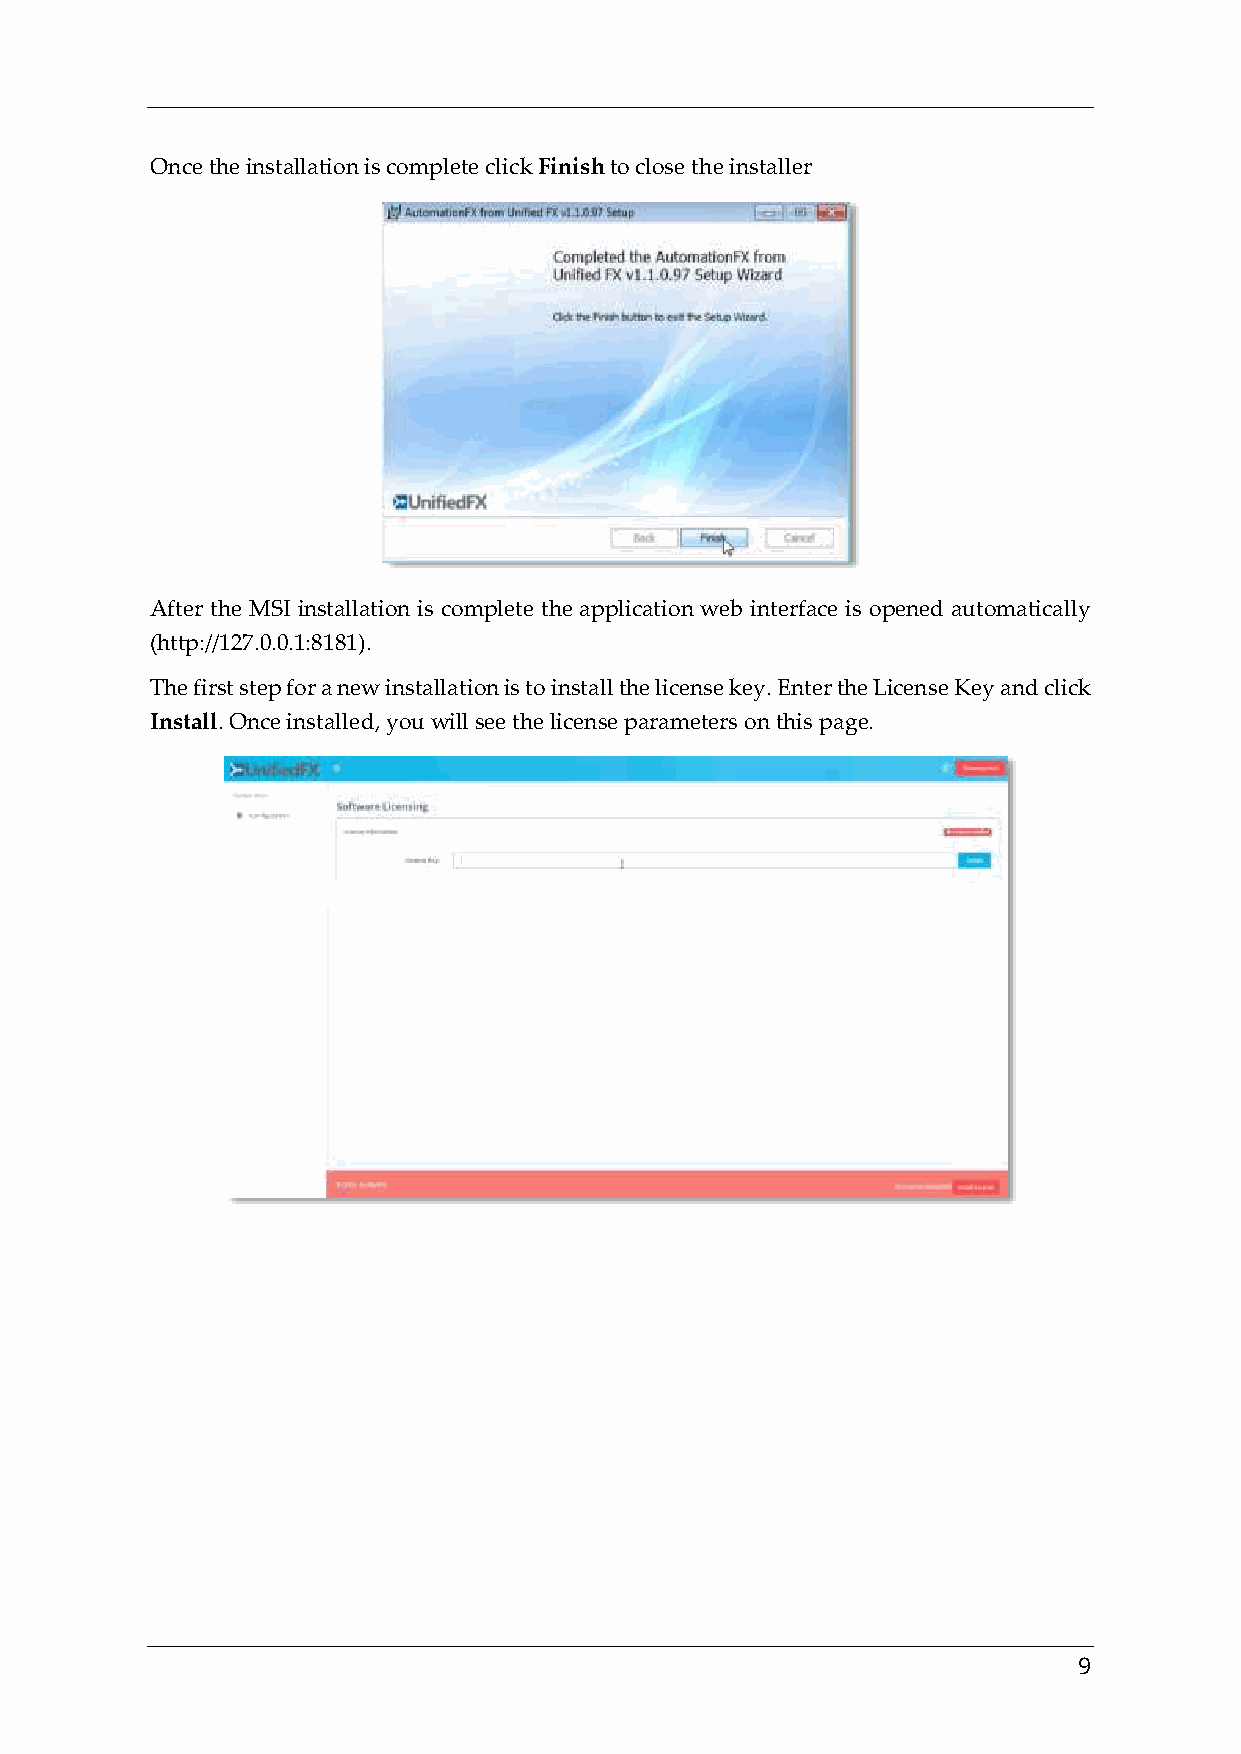
Once the installation is complete click Finish to close the installer
 After the MSI installation is complete the application web interface is opened automatically
 (http://127.0.0.1:8181).
 The first step for a new installation is to install the license key. Enter the License Key and click
 Install. Once installed, you will see the license parameters on this page.
 9